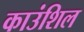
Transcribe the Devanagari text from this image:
काउंशिल